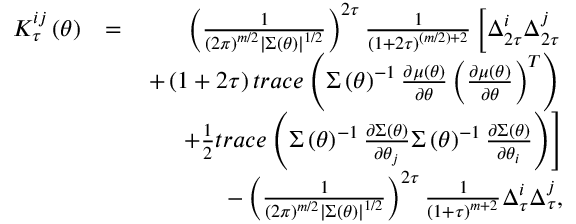
\begin{array} { r l r } { K _ { \tau } ^ { i j } \left( \boldsymbol { \theta } \right) } & { = } & { \left( \frac { 1 } { \left( 2 \pi \right) ^ { m / 2 } \left\vert \boldsymbol { \Sigma } \left( \boldsymbol { \theta } \right) \right\vert ^ { 1 / 2 } } \right) ^ { 2 \tau } \frac { 1 } { \left( 1 + 2 \tau \right) ^ { ( m / 2 ) + 2 } } \left[ \Delta _ { 2 \tau } ^ { i } \Delta _ { 2 \tau } ^ { j } \right. } \\ & { } & { \left. + \left( 1 + 2 \tau \right) t r a c e \left( \boldsymbol { \Sigma } \left( \boldsymbol { \theta } \right) ^ { - 1 } \frac { \partial \boldsymbol { \mu } \left( \boldsymbol { \theta } \right) } { \partial \boldsymbol { \theta } } \left( \frac { \partial \boldsymbol { \mu } \left( \boldsymbol { \theta } \right) } { \partial \boldsymbol { \theta } } \right) ^ { T } \right) \right. } \\ & { } & { \left. + \frac { 1 } { 2 } t r a c e \left( \boldsymbol { \Sigma } \left( \boldsymbol { \theta } \right) ^ { - 1 } \frac { \partial \boldsymbol { \Sigma } \left( \boldsymbol { \theta } \right) } { \partial \theta _ { j } } \boldsymbol { \Sigma } \left( \boldsymbol { \theta } \right) ^ { - 1 } \frac { \partial \boldsymbol { \Sigma } \left( \boldsymbol { \theta } \right) } { \partial \theta _ { i } } \right) \right] } \\ & { } & { - \left( \frac { 1 } { \left( 2 \pi \right) ^ { m / 2 } \left\vert \boldsymbol { \Sigma } \left( \boldsymbol { \theta } \right) \right\vert ^ { 1 / 2 } } \right) ^ { 2 \tau } \frac { 1 } { \left( 1 + \tau \right) ^ { m + 2 } } \Delta _ { \tau } ^ { i } \Delta _ { \tau } ^ { j } , } \end{array}